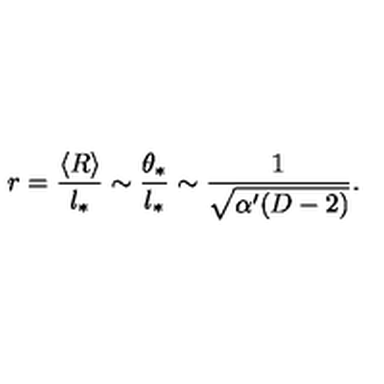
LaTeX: r = \frac { \langle R \rangle } { l _ { * } } \sim \frac { \theta _ { * } } { l _ { * } } \sim \frac { 1 } { \sqrt { \alpha ^ { \prime } ( D - 2 ) } } .